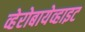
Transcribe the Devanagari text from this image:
व्हेरोबायेव्हाइट